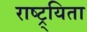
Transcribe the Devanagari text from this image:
राष्ट्र्यिता